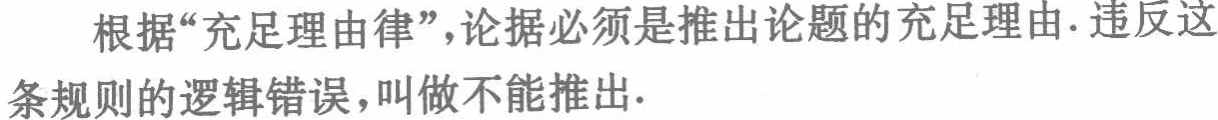
根据“充足理由律”，论据必须是推出论题的充足理由. 违反这条规则的逻辑错误，叫做不能推出.